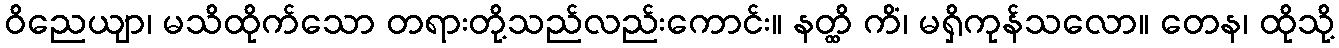
ဝိညေယျာ၊ မသိထိုက်သော တရားတို့သည်လည်းကောင်း။ နတ္ထိ ကိံ၊ မရှိကုန်သလော။ တေန၊ ထိုသို့